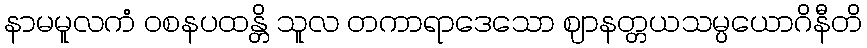
နာမမူလကံ ဝစနပထန္တိ သူလ တကာရာဒေသော ဈာနတ္တယသမ္ပယောဂိနီတိ